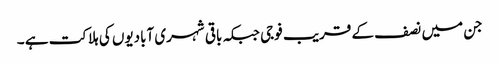
جن میں نصف کے قریب فوجی جبکہ باقی شہری آبادیوں کی ہلاکت ہے ۔